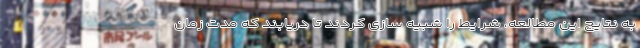
به نتایج این مطالعه، شرایط را شبیه سازی کردند تا دریابند که مدت زمان